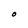
Character: O